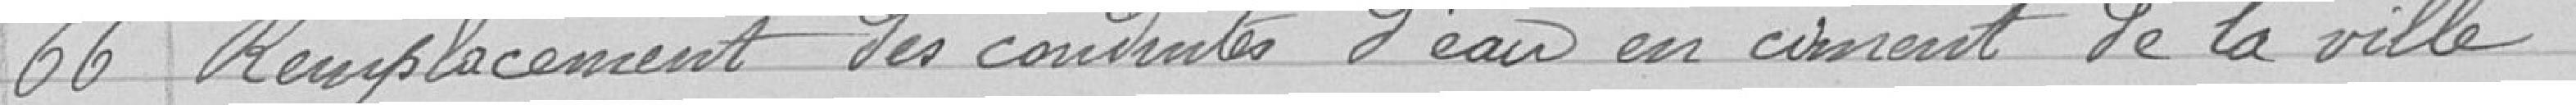
66 Remplacement des conduites d'eau en ciment de la ville